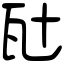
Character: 瓧